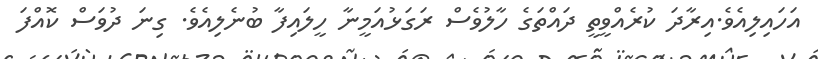
އަހައިލިއެވެ.އިރާދަ ކުރެއްވީތީ ދައްތަގެ ހާލުވެސް ރަގަޅުއަމީނާ ހީލައިފާ ބުނެލިއެވެ. ގިނަ ދުވަސް ކޮއްފަ